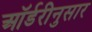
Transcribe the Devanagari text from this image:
ऑर्डरीनुसार